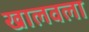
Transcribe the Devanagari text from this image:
खालवला